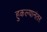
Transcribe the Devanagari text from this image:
हुकल्यानंतर